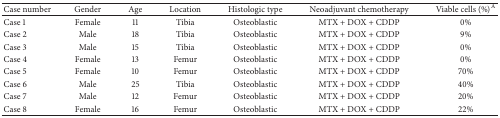
<table><thead><tr><td><b>Case number</b></td><td><b>Gender</b></td><td><b>Age </b></td><td><b>Location</b></td><td><b>Histologic type</b></td><td><b>Neoadjuvant chemotherapy</b></td><td><b>Viable cells (%)<sup>A</sup></b></td></tr></thead><tbody><tr><td>Case 1</td><td>Female</td><td>11</td><td>Tibia</td><td>Osteoblastic</td><td>MTX + DOX + CDDP</td><td>0%</td></tr><tr><td>Case 2</td><td>Male</td><td>18</td><td>Tibia</td><td>Osteoblastic</td><td>MTX + DOX + CDDP</td><td>9%</td></tr><tr><td>Case 3</td><td>Male</td><td>15</td><td>Tibia</td><td>Osteoblastic</td><td>MTX + DOX + CDDP</td><td>0%</td></tr><tr><td>Case 4</td><td>Female</td><td>13</td><td>Femur</td><td>Osteoblastic</td><td>MTX + DOX + CDDP</td><td>0%</td></tr><tr><td>Case 5</td><td>Female</td><td>10</td><td>Femur</td><td>Osteoblastic</td><td>MTX + DOX + CDDP</td><td>70%</td></tr><tr><td>Case 6</td><td>Male</td><td>25</td><td>Tibia</td><td>Osteoblastic</td><td>MTX + DOX + CDDP</td><td>40%</td></tr><tr><td>Case 7</td><td>Male</td><td>12</td><td>Femur</td><td>Osteoblastic</td><td>MTX + DOX + CDDP</td><td>20%</td></tr><tr><td>Case 8</td><td>Female</td><td>16</td><td>Femur</td><td>Osteoblastic</td><td>MTX + DOX + CDDP</td><td>22%</td></tr></tbody></table>